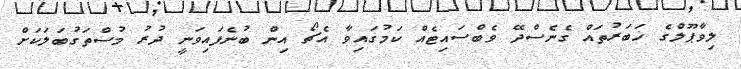
ލިވާޕޫލްގެ ޚަބަރުތައް ގެނެސްދޭ ވެބްސައިޓެއް ކަމުގައިވާ އެޗޯ އިން ބުނެފައިވަނީ ދުރު މުސްތަގުބަލަކަށް